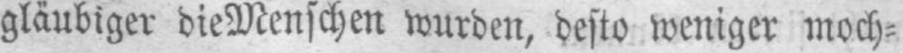
gläubiger die Menschen wurden, desto weniger moch⸗